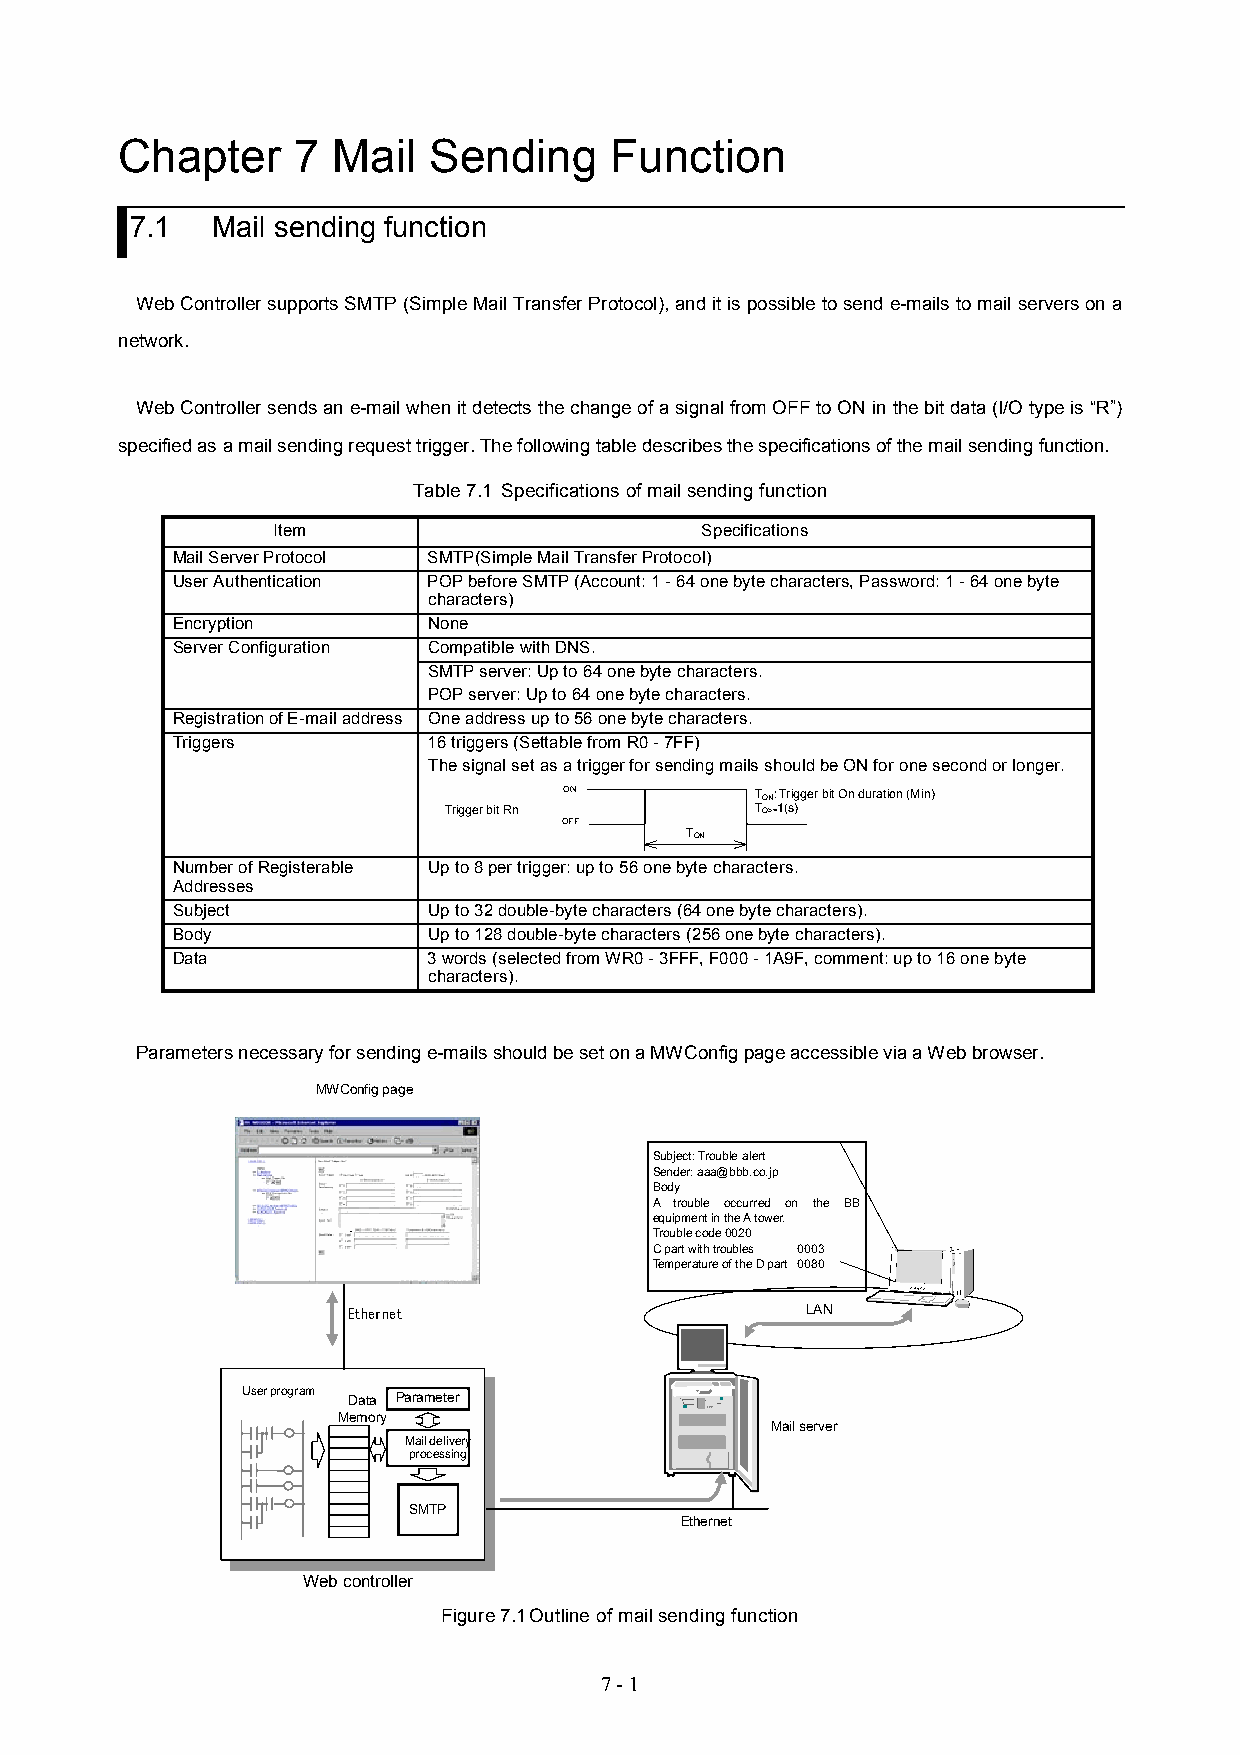
Chapter    7  Mail  Sending     Function
 7.1  Mail sending function
 Web Controller supports SMTP (Simple Mail Transfer Protocol), and it is possible to send e-mails to mail servers on a
 network.
 Web Controller sends an e-mail when it detects the change of a signal from OFF to ON in the bit data (I/O type is “R”)
 specified as a mail sending request trigger. The following table describes the specifications of the mail sending function.
 Table 7.1 Specifications of mail sending function
 Item                        Specifications
 Mail Server Protocol SMTP(Simple Mail Transfer Protocol)
 User Authentication POP before SMTP (Account: 1 - 64 one byte characters, Password: 1 - 64 one byte
 characters)
 Encryption       None
 Server Configuration Compatible with DNS.
 SMTP server: Up to 64 one byte characters.
 POP server: Up to 64 one byte characters.
 Registration of E-mail address One address up to 56 one byte characters.
 Triggers         16 triggers (Settable from R0 - 7FF)
 The signal set as a trigger for sending mails should be ON for one second or longer.
 ON           TON: Trigger bit On duration (Min)
 Trigger bit Rn       TO>=1(s)
 OFF
 TON
 Number of Registerable Up to 8 per trigger: up to 56 one byte characters.
 Addresses
 Subject          Up to 32 double-byte characters (64 one byte characters).
 Body             Up to 128 double-byte characters (256 one byte characters).
 Data             3 words (selected from WR0 - 3FFF, F000 - 1A9F, comment: up to 16 one byte
 characters).
 Parameters necessary for sending e-mails should be set on a MWConfig page accessible via a Web browser.
 MWConfig page
 Subject: Trouble alert
 Sender: aaa@bbb.co.jp
 Body
 A trouble occurred on the BB
 equipment in the A tower.
 Trouble code 0020
 C part with troubles 0003
 Temperature of the D part 0080
 Ethernet                      LAN
 User program
 Data Parameter
 Memory
 Mail server
 Mail delivery
 processing
 SMTP
 Ethernet
 Web controller
 Figure 7.1Outline of mail sending function
 7 - 1